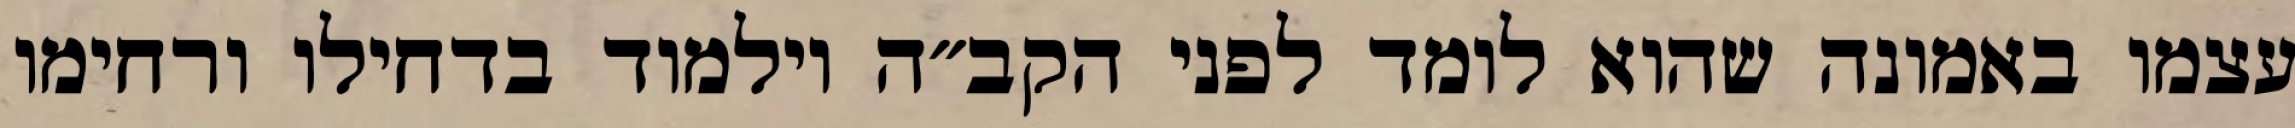
עצמו באמונה שהוא לומד לפני הקב״ה וילמוד בדחילו ורחימו